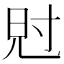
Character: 𡬩